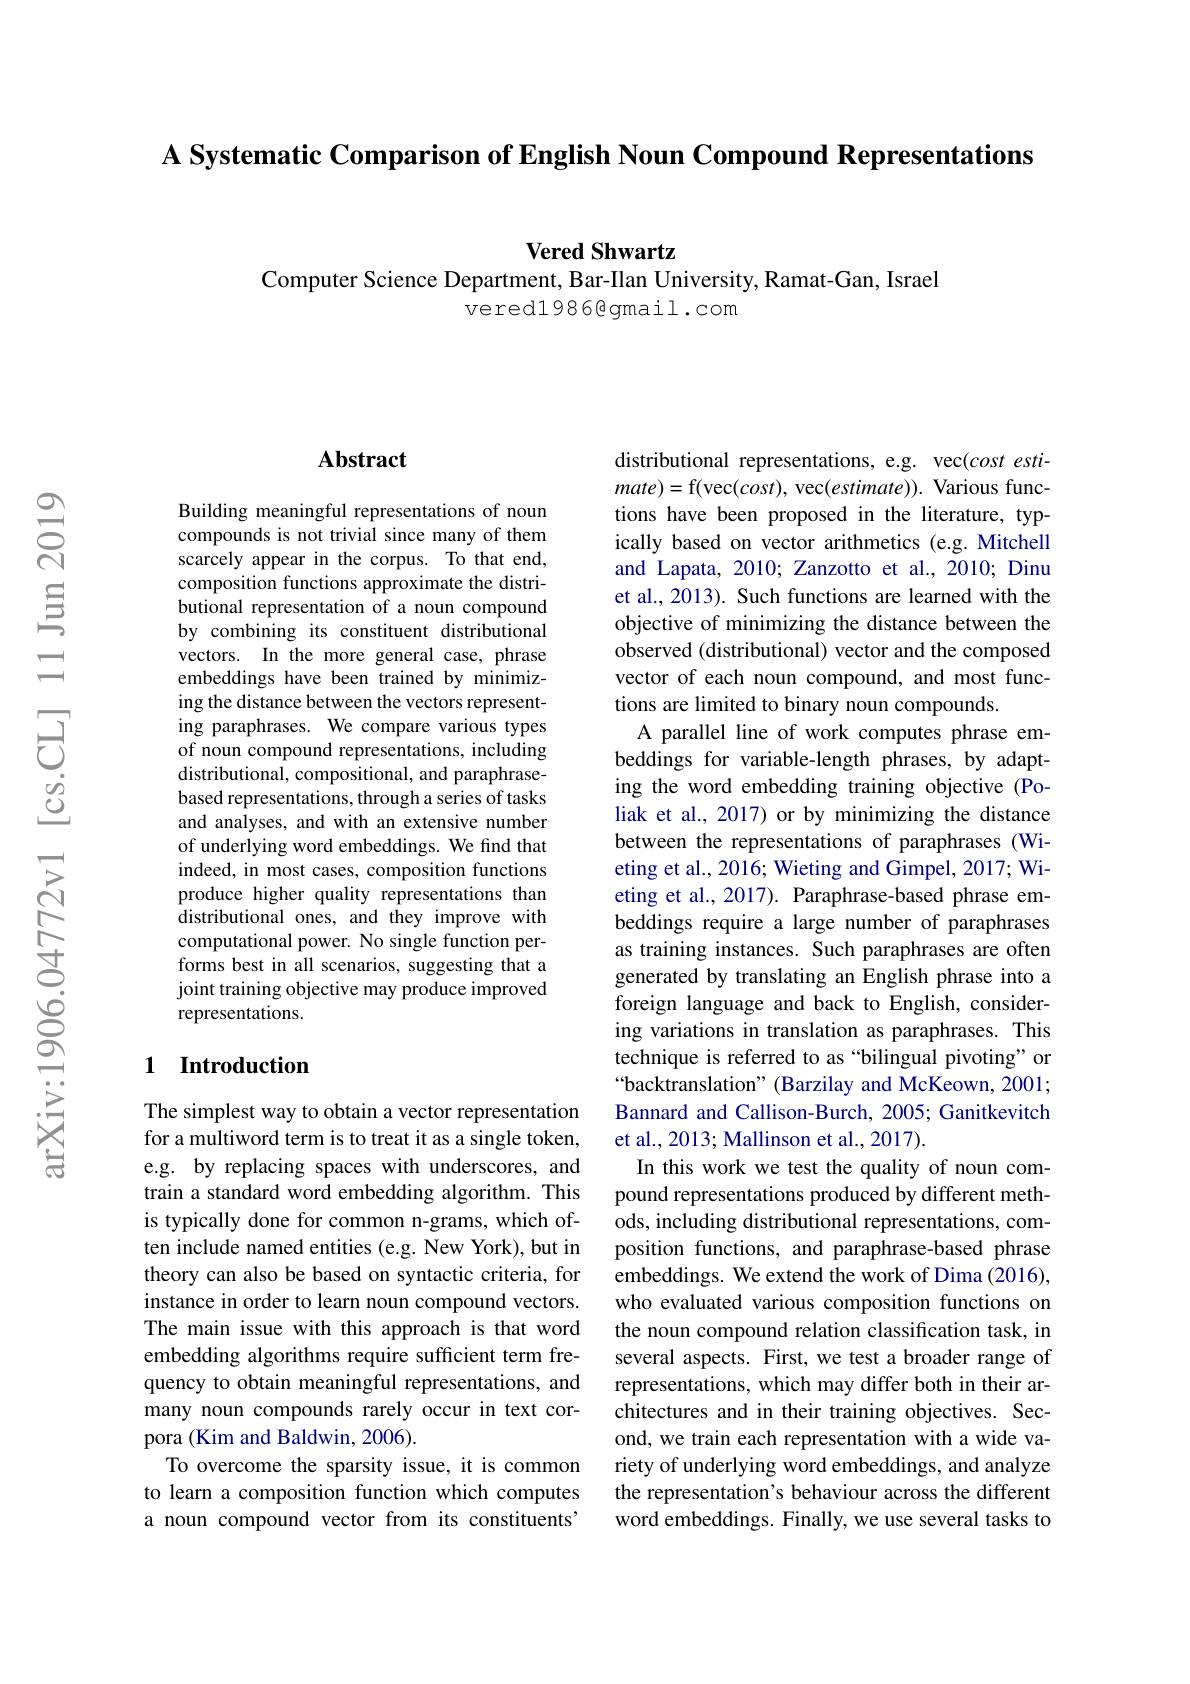
A Systematic Comparison of English Noun Compound Representations

Vered Shwartz

Computer Science Department, Bar-Ilan University, Ramat-Gan, Israel
vered1986@gmail.com

### $\mathbf{Abstract}$

Building meaningful representations of noun compounds is not trivial since many of them scarcely appear in the corpus. To that end, composition functions approximate the distributional representation of a noun compound by combining its constituent distributional vectors. In the more general case, phrase embeddings have been trained by minimizing the distance between the vectors representing paraphrases. We compare various types of noun compound representations, including distributional, compositional, and paraphrasebased representations, through a series of tasks and analyses, and with an extensive number of underlying word embeddings. We find that indeed, in most cases, composition functions produce higher quality representations than distributional ones, and they improve with computational power. No single function performs best in all scenarios, suggesting that a joint training objective may produce improved representations.

## 1 Introduction

The simplest way to obtain a vector representation for a multiword term is to treat it as a single token, e.g. by replacing spaces with underscores, and train a standard word embedding algorithm. This is typically done for common n-grams, which often include named entities (e.g. New York), but in theory can also be based on syntactic criteria, for instance in order to learn noun compound vectors. The main issue with this approach is that word embedding algorithms require sufficient term frequency to obtain meaningful representations, and many noun compounds rarely occur in text corpora (Kim and Baldwin, 2006).
To overcome the sparsity issue, it is common to learn a composition function which computes a noun compound vector from its constituents

distributional representations, e.g. vec(cost esti- $mate)=$f(vec$(cost)$,vec$(estimate)).$Various functions have been proposed in the literature, typically based on vector arithmetics (e.g. Mitchell and Lapata, 2010; Zanzotto et al., 2010; Dinu et al., 2013). Such functions are learned with the objective of minimizing the distance between the observed (distributional) vector and the composed vector of each noun compound, and most functions are limited to binary noun compounds.
A parallel line of work computes phrase embeddings for variable-length phrases, by adapting the word embedding training objective (Poliak et al., 2017) or by minimizing the distance between the representations of paraphrases (Wieting et al., 2016; Wieting and Gimpel, 2017; Wieting et al., 2017). Paraphrase-based phrase embeddings require a large number of paraphrases as training instances. Such paraphrases are often generated by translating an English phrase into a foreign language and back to English, considering variations in translation as paraphrases. This technique is referred to as “bilingual pivoting" or “backtranslation”(Barzilay and McKeown, 2001; Bannard and Callison-Burch, 2005; Ganitkevitch et al., 2013; Mallinson et al., 2017)
In this work we test the quality of noun compound representations produced by different methods, including distributional representations, composition functions, and paraphrase-based phrase embeddings. We extend the work of Dima (2016), who evaluated various composition functions on the noun compound relation classification task, in several aspects. First, we test a broader range of representations, which may differ both in their architectures and in their training objectives. Second, we train each representation with a wide variety of underlying word embeddings, and analyze the representation's behaviour across the different word embeddings. Finally, we use several tasks to